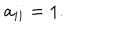
LaTeX: a _ { i i } = 1 .